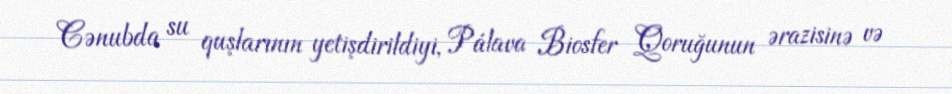
Cənubda su quşlarının yetişdirildiyi, Pálava Biosfer Qoruğunun ərazisinə və